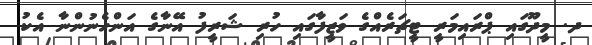
ދ. މީދޫގައި ޕްރައިމަރީ ޓީޗަރެއްގެ ވަޒީފާގައި ހުރި ޝަރީފު އޭނާގެ އަންހެނުންނާ އެކު